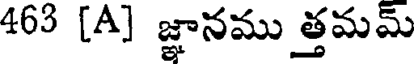
463 [A] జ్ఞానము త్తమమ్